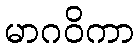
မာဂဝိကာ